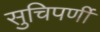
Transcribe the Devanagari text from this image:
सुचिपर्णी